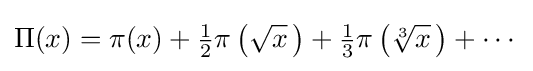
\Pi (x)=\pi (x)+{\tfrac {1}{2}}\pi \left({\sqrt {x}}\,\right)+{\tfrac {1}{3}}\pi \left({\sqrt[{3}]{x}}\,\right)+\cdots